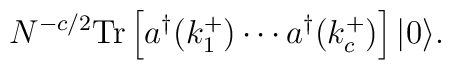
N^{-c/2} {\rm Tr} \left[ a^{\dagger} (k_1^+) \cdots a^{\dagger} (k_c^+) \right] |0 \rangle.